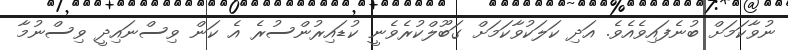
ނުވާކަމަށް ބުނެފައިވެއެވެ. އަދި ކަލަކުވާކަމަށް ގަބޫލްކުރެވެނީ ކުޑައިރުންސުރެ އެ ކަން ވިސްނައިދީ ވިސްނުމާ